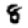
Digit: 8